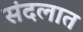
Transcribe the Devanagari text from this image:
संदलात